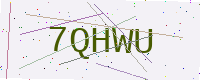
Text: 7QHWU